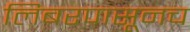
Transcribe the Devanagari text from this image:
लिबरपासूनच